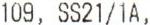
109, SS21/1A,